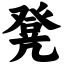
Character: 凳